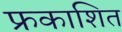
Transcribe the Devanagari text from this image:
फ्रकाशित